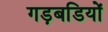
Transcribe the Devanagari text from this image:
गड़बडियों